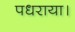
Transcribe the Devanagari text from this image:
पधराया।